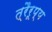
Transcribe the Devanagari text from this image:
त्रैरूप्य